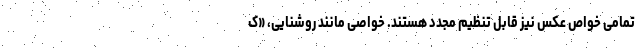
تمامی خواص عکس نیز قابل تنظیم مجدد هستند. خواصی مانند روشنایی، «ک